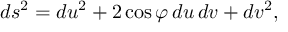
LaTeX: d s ^ { 2 } = d u ^ { 2 } + 2 \cos \varphi \, d u \, d v + d v ^ { 2 } ,